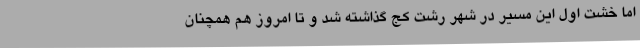
اما خشت اول این مسیر در شهر رشت کج گذاشته شد و تا امروز هم همچنان